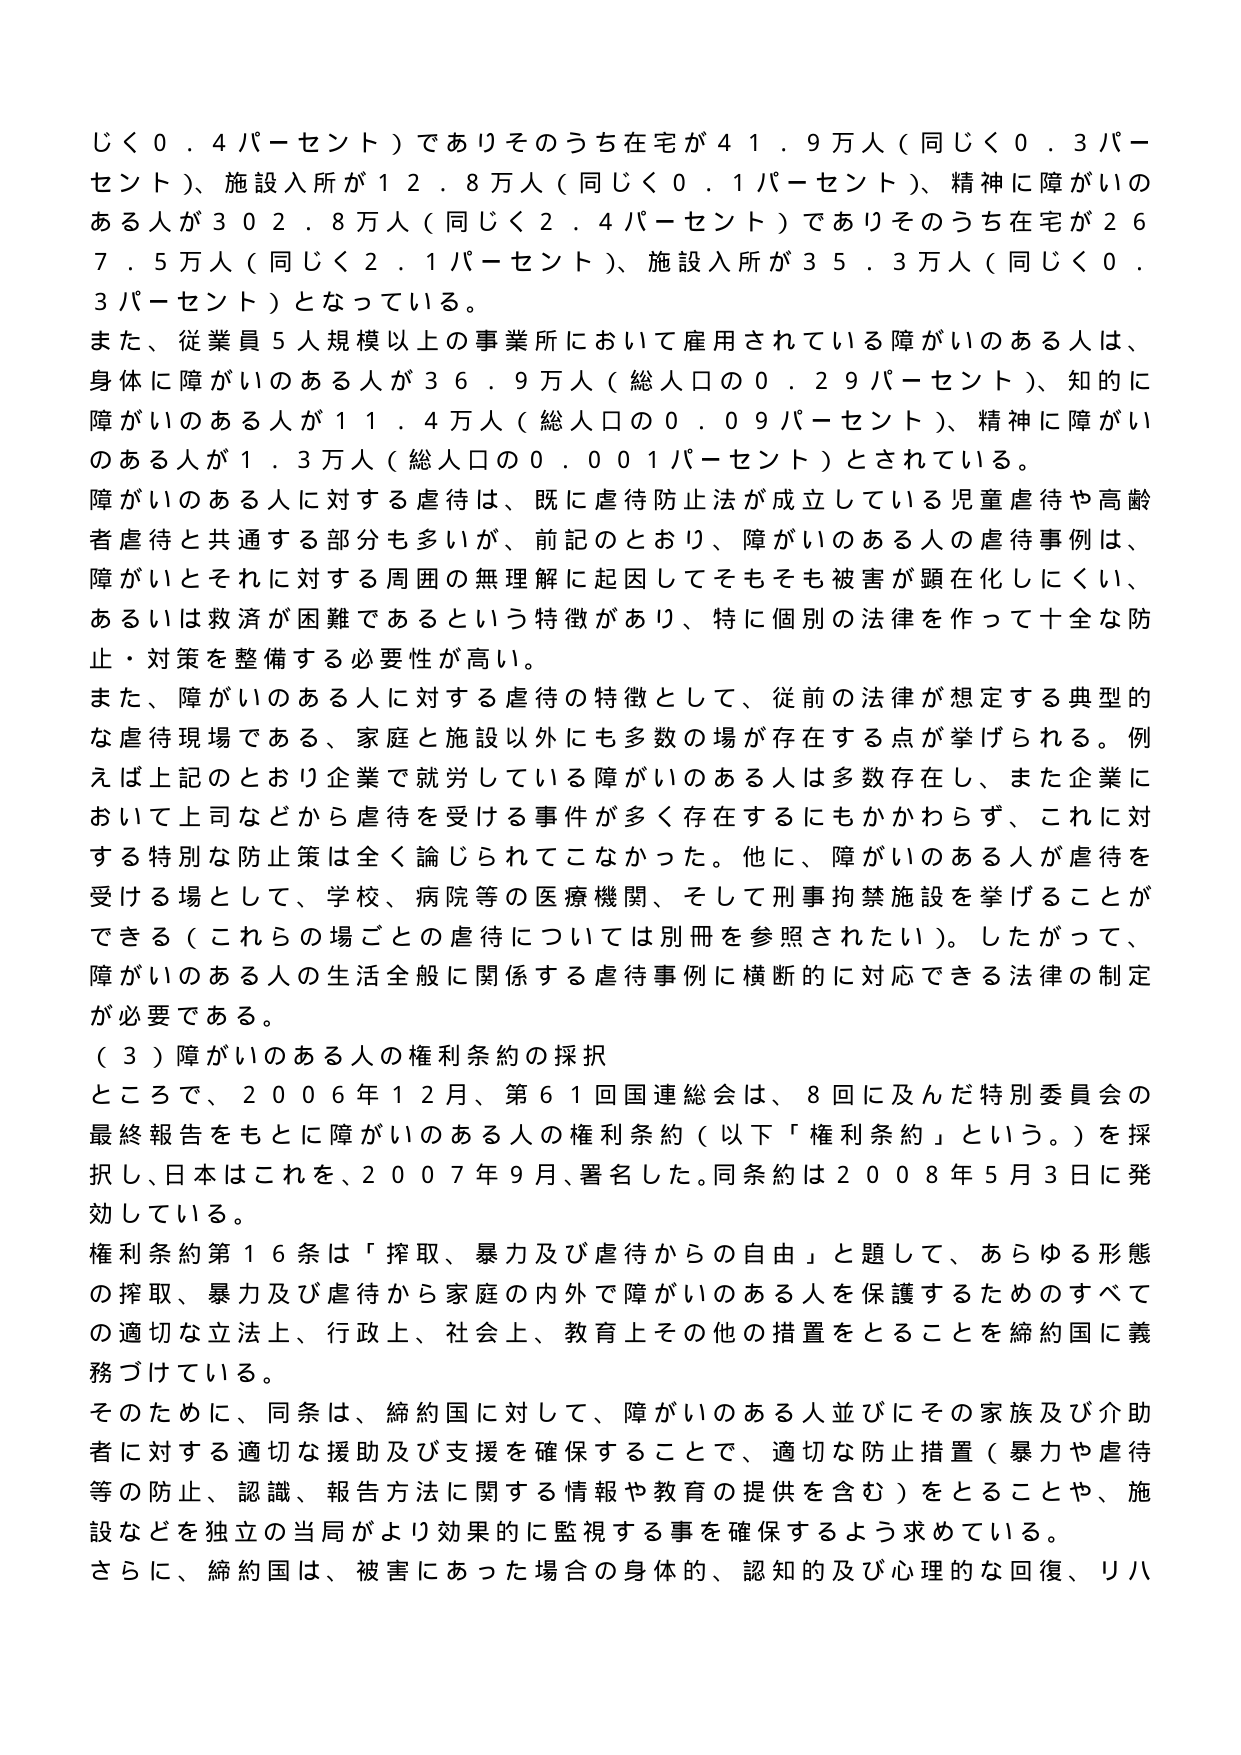
じく０．４パーセント）でありそのうち在宅が４１．９万人（同じく０．３パーセント）、施設入所が１２．８万人（同じく０．１パーセント）、精神に障がいのある人が３０２．８万人（同じく２．４パーセント）でありそのうち在宅が２６７．５万人（同じく２．１パーセント）、施設入所が３５．３万人（同じく０．３パーセント）となっている。

また、従業員５人規模以上の事業所において雇用されている障がいのある人は、身体に障がいのある人が３６．９万人（総人口の０．２９パーセント）、知的に障がいのある人が１１．４万人（総人口の０．０９パーセント）、精神に障がいのある人が１．３万人（総人口の０．００１パーセント）とされている。

障がいのある人に対する虐待は、既に虐待防止法が成立している児童虐待や高齢者虐待と共通する部分も多いが、前記のとおり、障がいのある人の虐待事例は、障がいとそれに対する周囲の無理解に起因してそもそも被害が顕在化しにくい、あるいは救済が困難であるという特徴があり、特に個別の法律を作って十全な防止・対策を整備する必要性が高い。

また、障がいのある人に対する虐待の特徴として、従前の法律が想定する典型的な虐待現場である、家庭と施設以外にも多数の場が存在する点が挙げられる。例えば上記のとおり企業で就労している障がいのある人は多数存在し、また企業において上司などから虐待を受ける事件が多く存在するにもかかわらず、これに対する特別な防止策は全く論じられてこなかった。他に、障がいのある人が虐待を受ける場として、学校、病院等の医療機関、そして刑事拘禁施設を挙げることができる（これらの場ごとの虐待については別冊を参照されたい）。したがって、障がいのある人の生活全般に関係する虐待事例に横断的に対応できる法律の制定が必要である。

（３）障がいのある人の権利条約の採択

ところで、２００６年１２月、第６１回国連総会は、８回に及んだ特別委員会の最終報告をもとに障がいのある人の権利条約（以下「権利条約」という。）を採択し、日本はこれを、２００７年９月、署名した。同条約は２００８年５月３日に発効している。

権利条約第１６条は「搾取、暴力及び虐待からの自由」と題して、あらゆる形態の搾取、暴力及び虐待から家庭の内外で障がいのある人を保護するためのすべての適切な立法上、行政上、社会上、教育上その他の措置をとることを締約国に義務づけている。

そのために、同条は、締約国に対して、障がいのある人並びにその家族及び介助者に対する適切な援助及び支援を確保することで、適切な防止措置（暴力や虐待等の防止、認識、報告方法に関する情報や教育の提供を含む）をとることや、施設などを独立の当局がより効果的に監視する事を確保するよう求めている。

さらに、締約国は、被害にあった場合の身体的、認知的及び心理的な回復、リハ